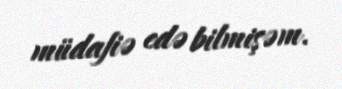
müdafiə edə bilmişəm.